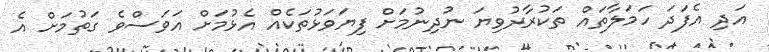
އަދި އެފަދަ ހަމަލާތައް ތަކުރާރުވިޔަ ނުދިނުމަށް ފިޔަވަޅުތަކެއް އެޅުމަށް އަވަސްވެ ގަތުމަށް އެ